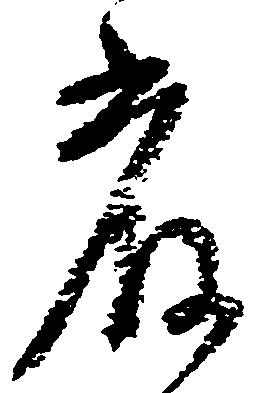
厳